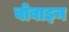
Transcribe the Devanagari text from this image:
वोबाइन